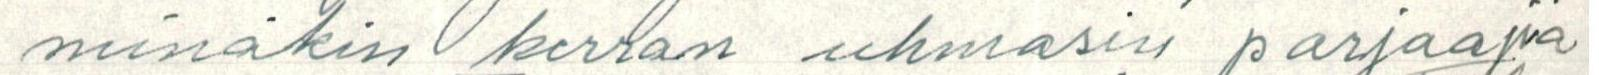
minäkin kerran uhmasin parjaajia